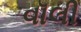
વૉલી